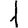
Digit: 1